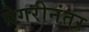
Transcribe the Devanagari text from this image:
ग्रेगरीनंतर